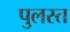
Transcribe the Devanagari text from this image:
पुलस्त